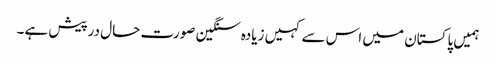
ہمیں پاکستان میں اس سے کہیں زیادہ سنگین صورت حال درپیش ہے۔